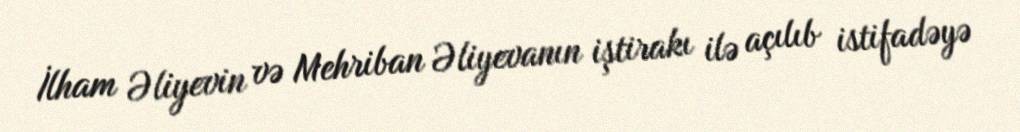
İlham Əliyevin və Mehriban Əliyevanın iştirakı ilə açılıb istifadəyə